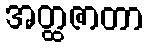
အတ္ထဇာတာ